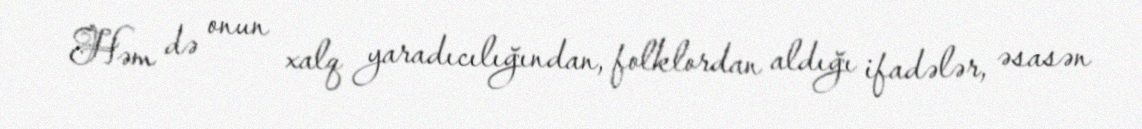
Həm də onun xalq yaradıcılığından, folklordan aldığı ifadələr, əsasən